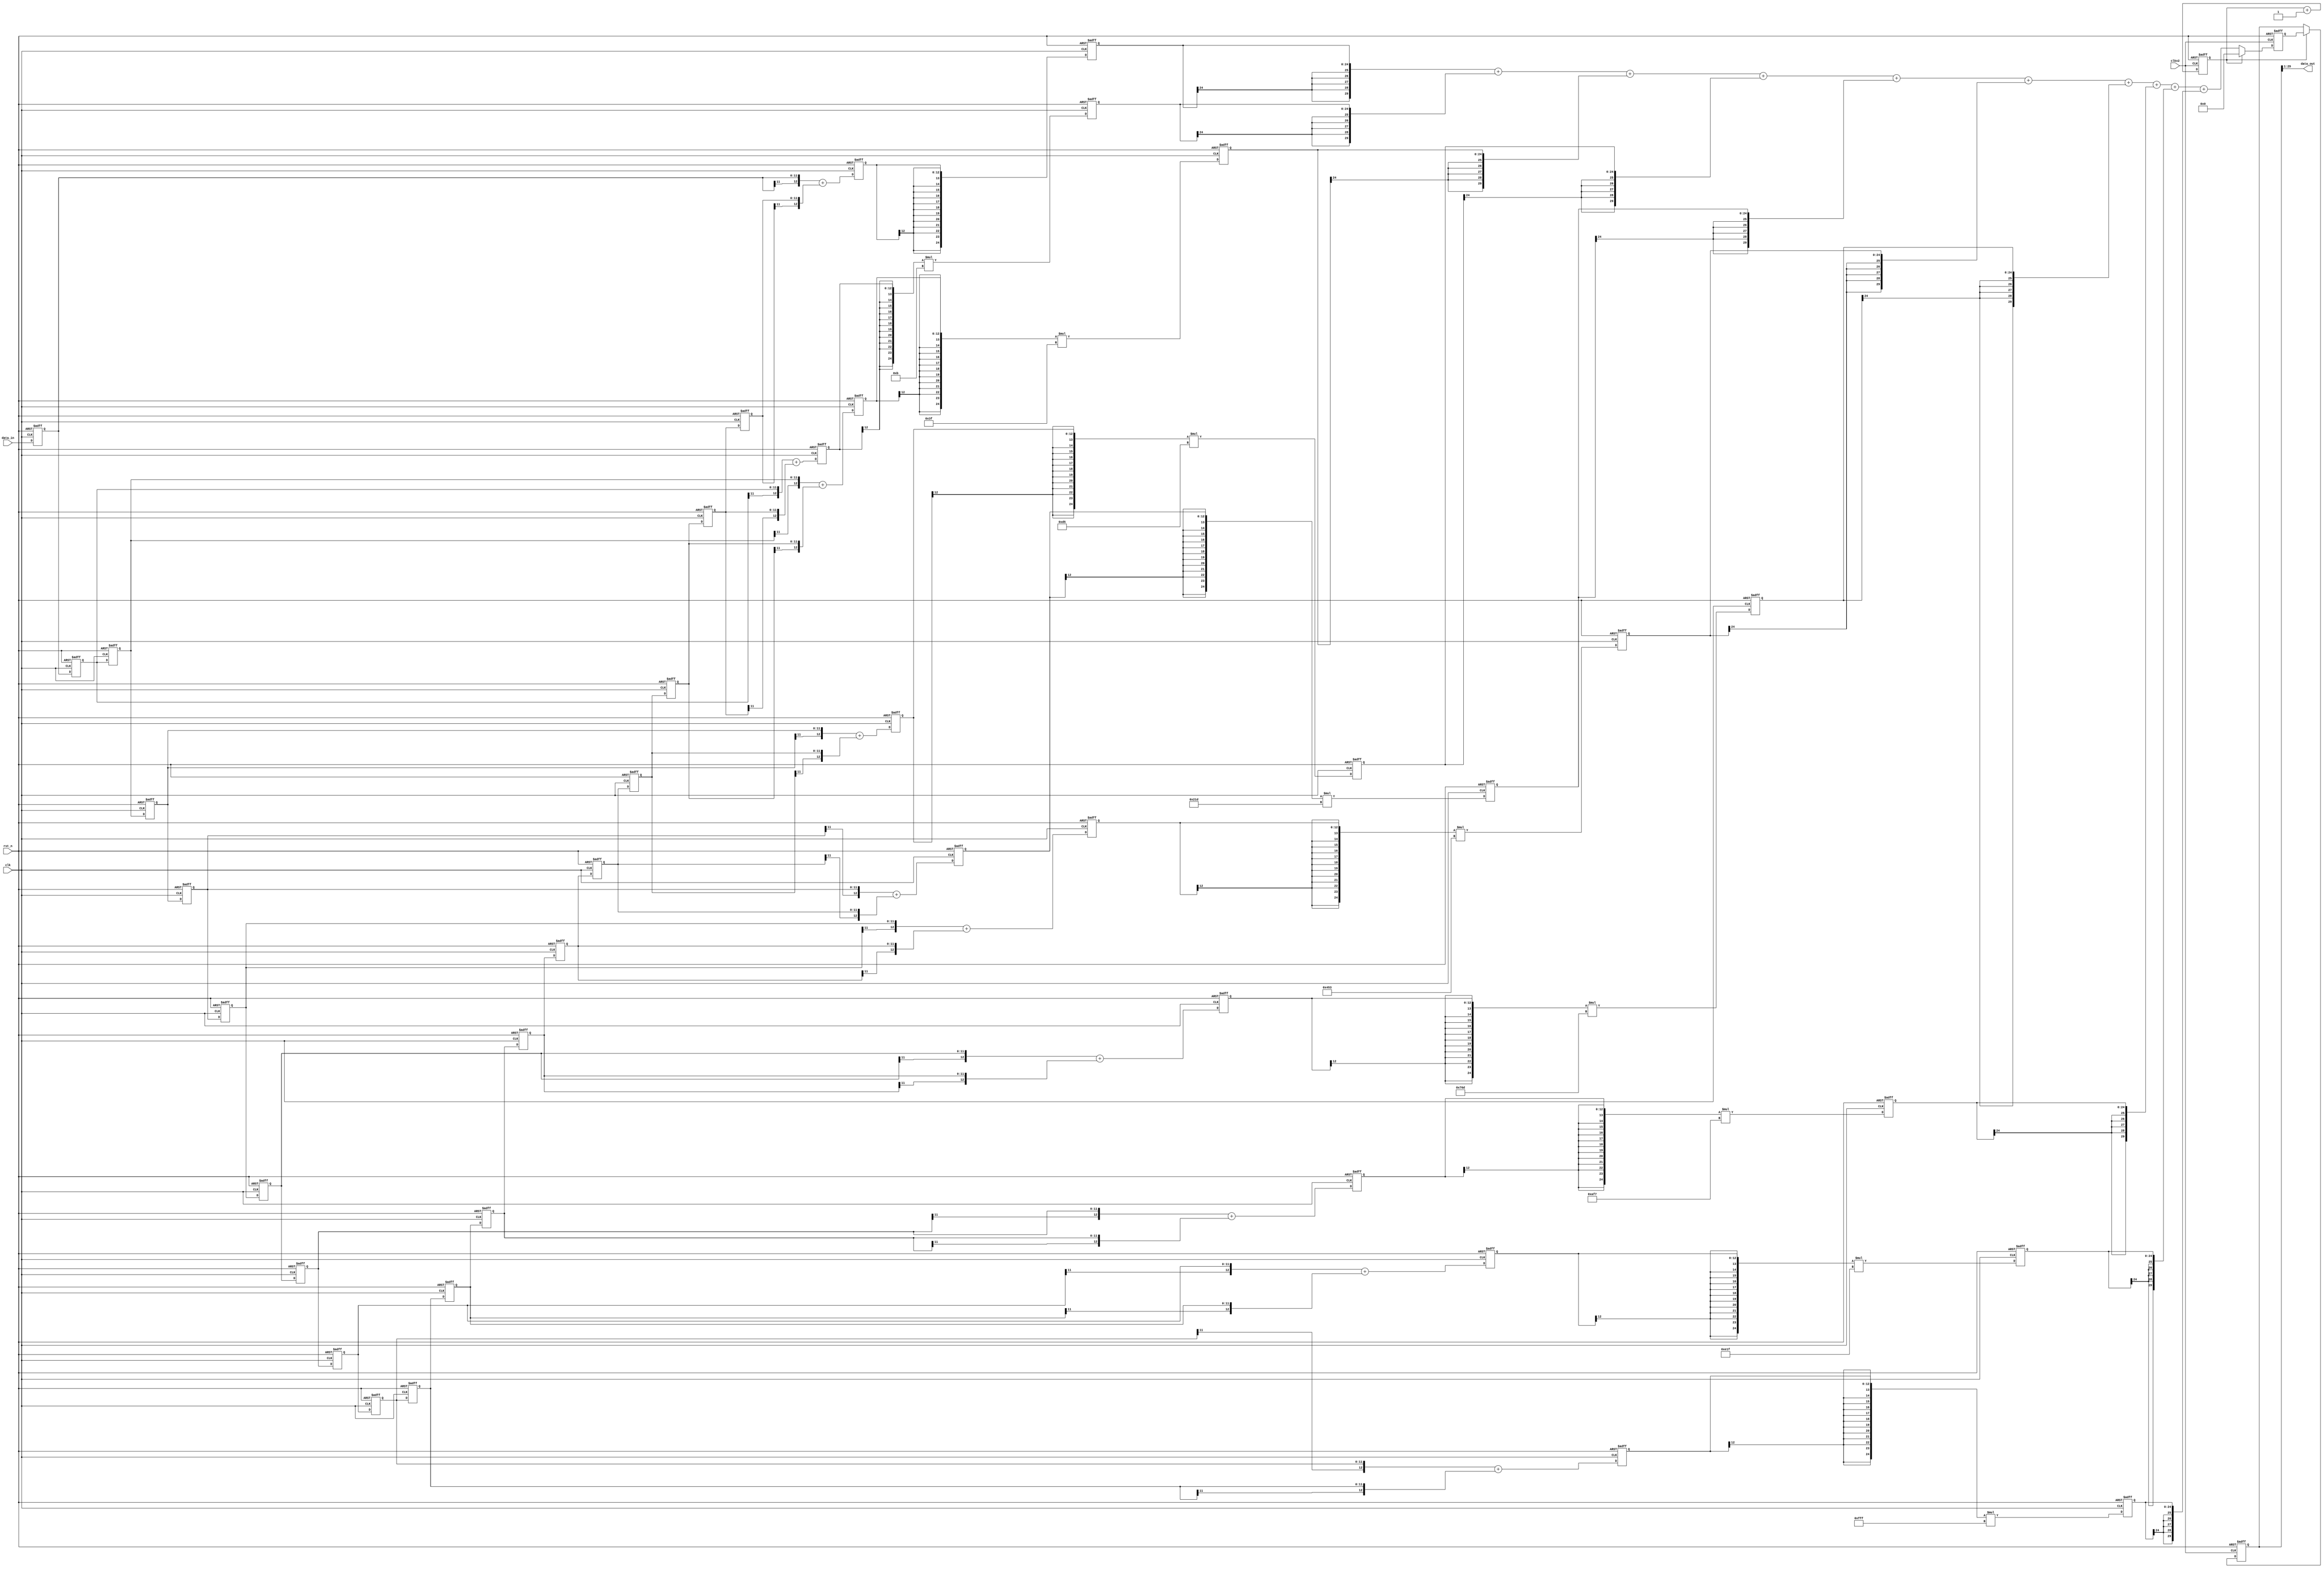
/***************************************************************
*@description FIR LPF
*@parameters  sampile friquence 65MHz  
*					 cutoff 0.2MHz  stop 15MHz -80dB
*@author		  DeamonYang
****************************************************************/
module fir_lpf_200khz(
		rst_n		,
		clk		,
		clkx2		,
		data_in	,
		data_out	
	);
		input rst_n	;
		input clk	;
		input clkx2	;
		input  [11:0] data_in;
		output [28:0]data_out;
		
		reg [11:0] reg_data_in[19:0];
		/**/
		always@(posedge clk or negedge rst_n)
		if(!rst_n)begin
			reg_data_in[0] <= 12'd0;
			reg_data_in[1] <= 12'd0;
			reg_data_in[2] <= 12'd0;
			reg_data_in[3] <= 12'd0;
			reg_data_in[4] <= 12'd0;
			reg_data_in[5] <= 12'd0;
			reg_data_in[6] <= 12'd0;
			reg_data_in[7] <= 12'd0;
			reg_data_in[8] <= 12'd0;
			reg_data_in[9] <= 12'd0;
			reg_data_in[10] <= 12'd0;
			reg_data_in[11] <= 12'd0;
			reg_data_in[12] <= 12'd0;
			reg_data_in[13] <= 12'd0;
			reg_data_in[14] <= 12'd0;
			reg_data_in[15] <= 12'd0;
			reg_data_in[16] <= 12'd0;
			reg_data_in[17] <= 12'd0;
			reg_data_in[18] <= 12'd0;
			reg_data_in[19] <= 12'd0;		
		end else begin
			reg_data_in[0] <= data_in;
			reg_data_in[1] <= reg_data_in[0];
			reg_data_in[2] <= reg_data_in[1];
			reg_data_in[3] <= reg_data_in[2];
			reg_data_in[4] <= reg_data_in[3];
			reg_data_in[5] <= reg_data_in[4];
			reg_data_in[6] <= reg_data_in[5];
			reg_data_in[7] <= reg_data_in[6];
			reg_data_in[8] <= reg_data_in[7];
			reg_data_in[9] <= reg_data_in[8];
			reg_data_in[10] <= reg_data_in[9];
			reg_data_in[11] <= reg_data_in[10];
			reg_data_in[12] <= reg_data_in[11];
			reg_data_in[13] <= reg_data_in[12];
			reg_data_in[14] <= reg_data_in[13];
			reg_data_in[15] <= reg_data_in[14];
			reg_data_in[16] <= reg_data_in[15];
			reg_data_in[17] <= reg_data_in[16];
			reg_data_in[18] <= reg_data_in[17];
			reg_data_in[19] <= reg_data_in[18];
		end
		
		/* */
		reg [12:0]sum_reg_symetry[9:0];
		always@(posedge clk or negedge rst_n)
		if(!rst_n)begin
			sum_reg_symetry[0] <= 12'd0;
			sum_reg_symetry[1] <= 12'd0;
			sum_reg_symetry[2] <= 12'd0;
			sum_reg_symetry[3] <= 12'd0;
			sum_reg_symetry[4] <= 12'd0;
			sum_reg_symetry[5] <= 12'd0;
			sum_reg_symetry[6] <= 12'd0;
			sum_reg_symetry[7] <= 12'd0;
			sum_reg_symetry[8] <= 12'd0;
			sum_reg_symetry[9] <= 12'd0;
	
		end else begin
			sum_reg_symetry[0] <= {reg_data_in[0][11],reg_data_in[0]} + { reg_data_in[19][11],reg_data_in[19]};
			sum_reg_symetry[1] <= {reg_data_in[1][11],reg_data_in[1]} + { reg_data_in[18][11],reg_data_in[18]};
			sum_reg_symetry[2] <= {reg_data_in[2][11],reg_data_in[2]} + { reg_data_in[17][11],reg_data_in[17]};
			sum_reg_symetry[3] <= {reg_data_in[3][11],reg_data_in[3]} + { reg_data_in[16][11],reg_data_in[16]};
			sum_reg_symetry[4] <= {reg_data_in[4][11],reg_data_in[4]} + { reg_data_in[15][11],reg_data_in[15]};
			sum_reg_symetry[5] <= {reg_data_in[5][11],reg_data_in[5]} + { reg_data_in[14][11],reg_data_in[14]};
			sum_reg_symetry[6] <= {reg_data_in[6][11],reg_data_in[6]} + { reg_data_in[13][11],reg_data_in[13]};
			sum_reg_symetry[7] <= {reg_data_in[7][11],reg_data_in[7]} + { reg_data_in[12][11],reg_data_in[12]};
			sum_reg_symetry[8] <= {reg_data_in[8][11],reg_data_in[8]} + { reg_data_in[11][11],reg_data_in[11]};
			sum_reg_symetry[9] <= {reg_data_in[9][11],reg_data_in[9]} + { reg_data_in[10][11],reg_data_in[10]};
		end
		
		/**/
		reg [24:0]mout[9:0];
		always@(posedge clk or negedge rst_n)
		if(!rst_n)begin
			mout[0] <= 24'd0;
			mout[1] <= 24'd0;
			mout[2] <= 24'd0;
			mout[3] <= 24'd0;
			mout[4] <= 24'd0;
			mout[5] <= 24'd0;
			mout[6] <= 24'd0;
			mout[7] <= 24'd0;
			mout[8] <= 24'd0;
			mout[9] <= 24'd0;
		end else begin
			mout[0] <= {{12{sum_reg_symetry[0][12]}},sum_reg_symetry[0]} ;//*2;
			mout[1] <= {{12{sum_reg_symetry[1][12]}},sum_reg_symetry[1]}*25'd11;//*14;
			mout[2] <= {{12{sum_reg_symetry[2][12]}},sum_reg_symetry[2]}*25'd63;
			mout[3] <= {{12{sum_reg_symetry[3][12]}},sum_reg_symetry[3]}*25'd213;
			mout[4] <= {{12{sum_reg_symetry[4][12]}},sum_reg_symetry[4]}*25'd541 ;
			mout[5] <= {{12{sum_reg_symetry[5][12]}},sum_reg_symetry[5]}*25'd1107 ;
			mout[6] <= {{12{sum_reg_symetry[6][12]}},sum_reg_symetry[6]}*25'd1901 ;
			mout[7] <= {{12{sum_reg_symetry[7][12]}},sum_reg_symetry[7]}*25'd2807 ;
			mout[8] <= {{12{sum_reg_symetry[8][12]}},sum_reg_symetry[8]}*25'd3615 ;
			mout[9] <= {{12{sum_reg_symetry[9][12]}},sum_reg_symetry[9]}*25'd4095 ;
		end
	
		reg suncnt;
		always@(posedge clkx2 or negedge rst_n)
		if(!rst_n)begin
			suncnt <= 1'b0;
		end else
			suncnt <= suncnt + 1'b1;
	
		/**/
		reg [29:0]sum;
		reg [29:0]yout/*synthesis noprune*/; 
		always@(posedge clkx2 or negedge rst_n)
		if(!rst_n)begin
			sum <= 30'd0;
			yout <= 30'd0;
		end else begin 
			if(suncnt) begin  
				yout <= sum;
				sum <= 30'd0;// 
			end else  
				sum <= {{5{mout[0][24]}},mout[0]}+{{5{mout[1][24]}},mout[1]}+{{5{mout[2][24]}},mout[2]}+{{5{mout[3][24]}},mout[3]}+{{5{mout[4][24]}},mout[4]}
							+{{5{mout[5][24]}},mout[5]}+{{5{mout[6][24]}},mout[6]}+{{5{mout[7][24]}},mout[7]}+{{5{mout[8][24]}},mout[8]}+{{5{mout[9][24]}},mout[9]};
		end
		
		assign data_out = yout[29:1];
	
endmodule